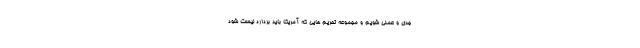
جدی و عملی شویم و مجموعه تحریم هایی که آمریکا باید بردارد لیست شود